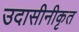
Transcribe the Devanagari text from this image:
उदासीनीकृत